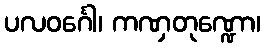
ပလဝင်္ဂေါ၊ ကဏှတုဏ္ဍော၊